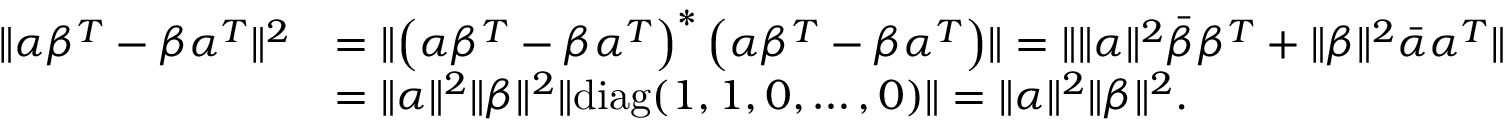
\begin{array} { r l } { \lVert \alpha \beta ^ { T } - \beta \alpha ^ { T } \rVert ^ { 2 } } & { = \lVert \left( \alpha \beta ^ { T } - \beta \alpha ^ { T } \right) ^ { \ast } \left( \alpha \beta ^ { T } - \beta \alpha ^ { T } \right) \rVert = \lVert \lVert \alpha \rVert ^ { 2 } \Bar \beta \beta ^ { T } + \lVert \beta \rVert ^ { 2 } \Bar \alpha \alpha ^ { T } \rVert } \\ & { = \lVert \alpha \rVert ^ { 2 } \lVert \beta \rVert ^ { 2 } \lVert \mathrm { d i a g } ( 1 , 1 , 0 , \dots , 0 ) \rVert = \lVert \alpha \rVert ^ { 2 } \lVert \beta \rVert ^ { 2 } . } \end{array}